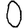
Digit: 0